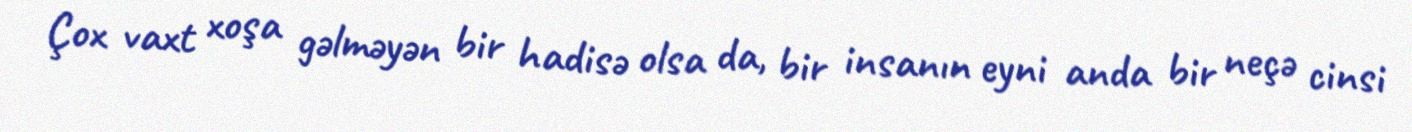
Çox vaxt xoşa gəlməyən bir hadisə olsa da, bir insanın eyni anda bir neçə cinsi